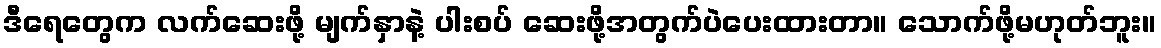
ဒီရေတွေက လက်ဆေးဖို့ မျက်နှာနဲ့ ပါးစပ် ဆေးဖို့အတွက်ပဲပေးထားတာ။ သောက်ဖို့မဟုတ်ဘူး။